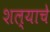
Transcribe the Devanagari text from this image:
शल्याचे